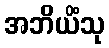
အဘိယိံသု